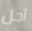
أجل